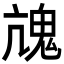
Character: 𩲋